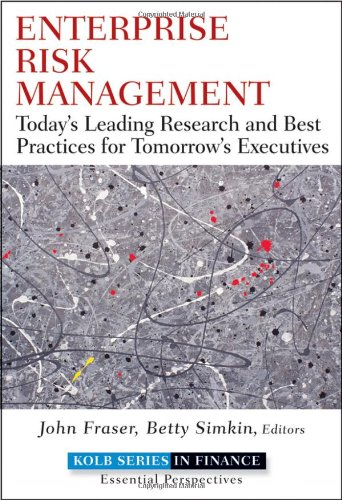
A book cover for Enterprise Risk Management: Today's Leading Research and Best Practices for Tomorrow's Executives; Business & Money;